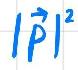
$|\vec{P}|^{2}$